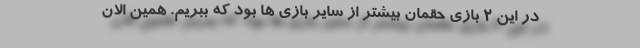
در این 2 بازی حقمان بیشتر از سایر بازی ها بود که ببریم. همین الان